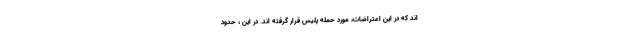
اند که در این اعتراضات، مورد حمله پلیس قرار گرفته اند. در این ، حدود